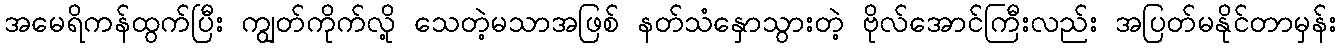
အမေရိကန်ထွက်ပြီး ကျွတ်ကိုက်လို့ သေတဲ့မသာအဖြစ် နတ်သံနှောသွားတဲ့ ဗိုလ်အောင်ကြီးလည်း အပြတ်မနိုင်တာမှန်း